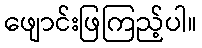
ဖျောင်းဖြကြည့်ပါ။